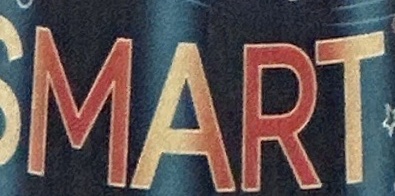
SMART